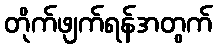
တိုက်ဖျက်ရန်အတွက်